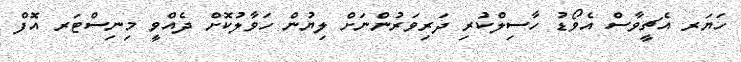
ހަޔަރ އެޗީވާސް އެވޯޑު ހާސިލްކުރި ދަރިވަރުންނަށް ލިޔުން ހަވާލުކޮށް ދެއްވީ މިނިސްޓަރ އޮފް